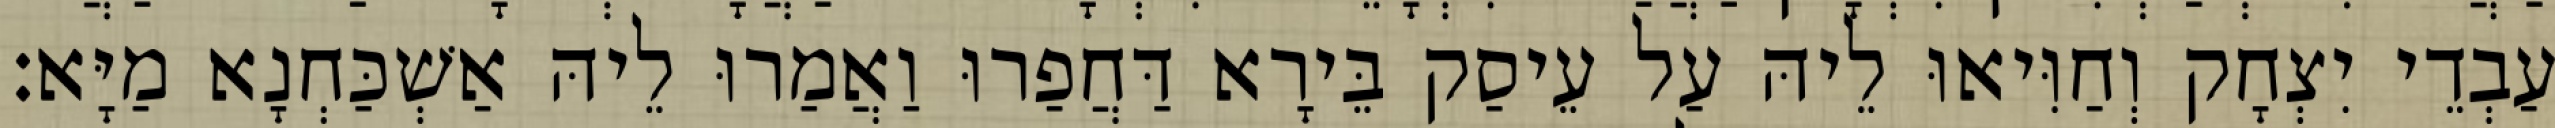
עַבְדֵי יִצְחָק וְחַוִּיאוּ לֵיהּ עַל עֵיסַק בֵּירָא דַּחֲפַרוּ וַאֲמַרוּ לֵיהּ אַשְׁכַּחְנָא מַיָּא׃